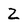
Character: 2